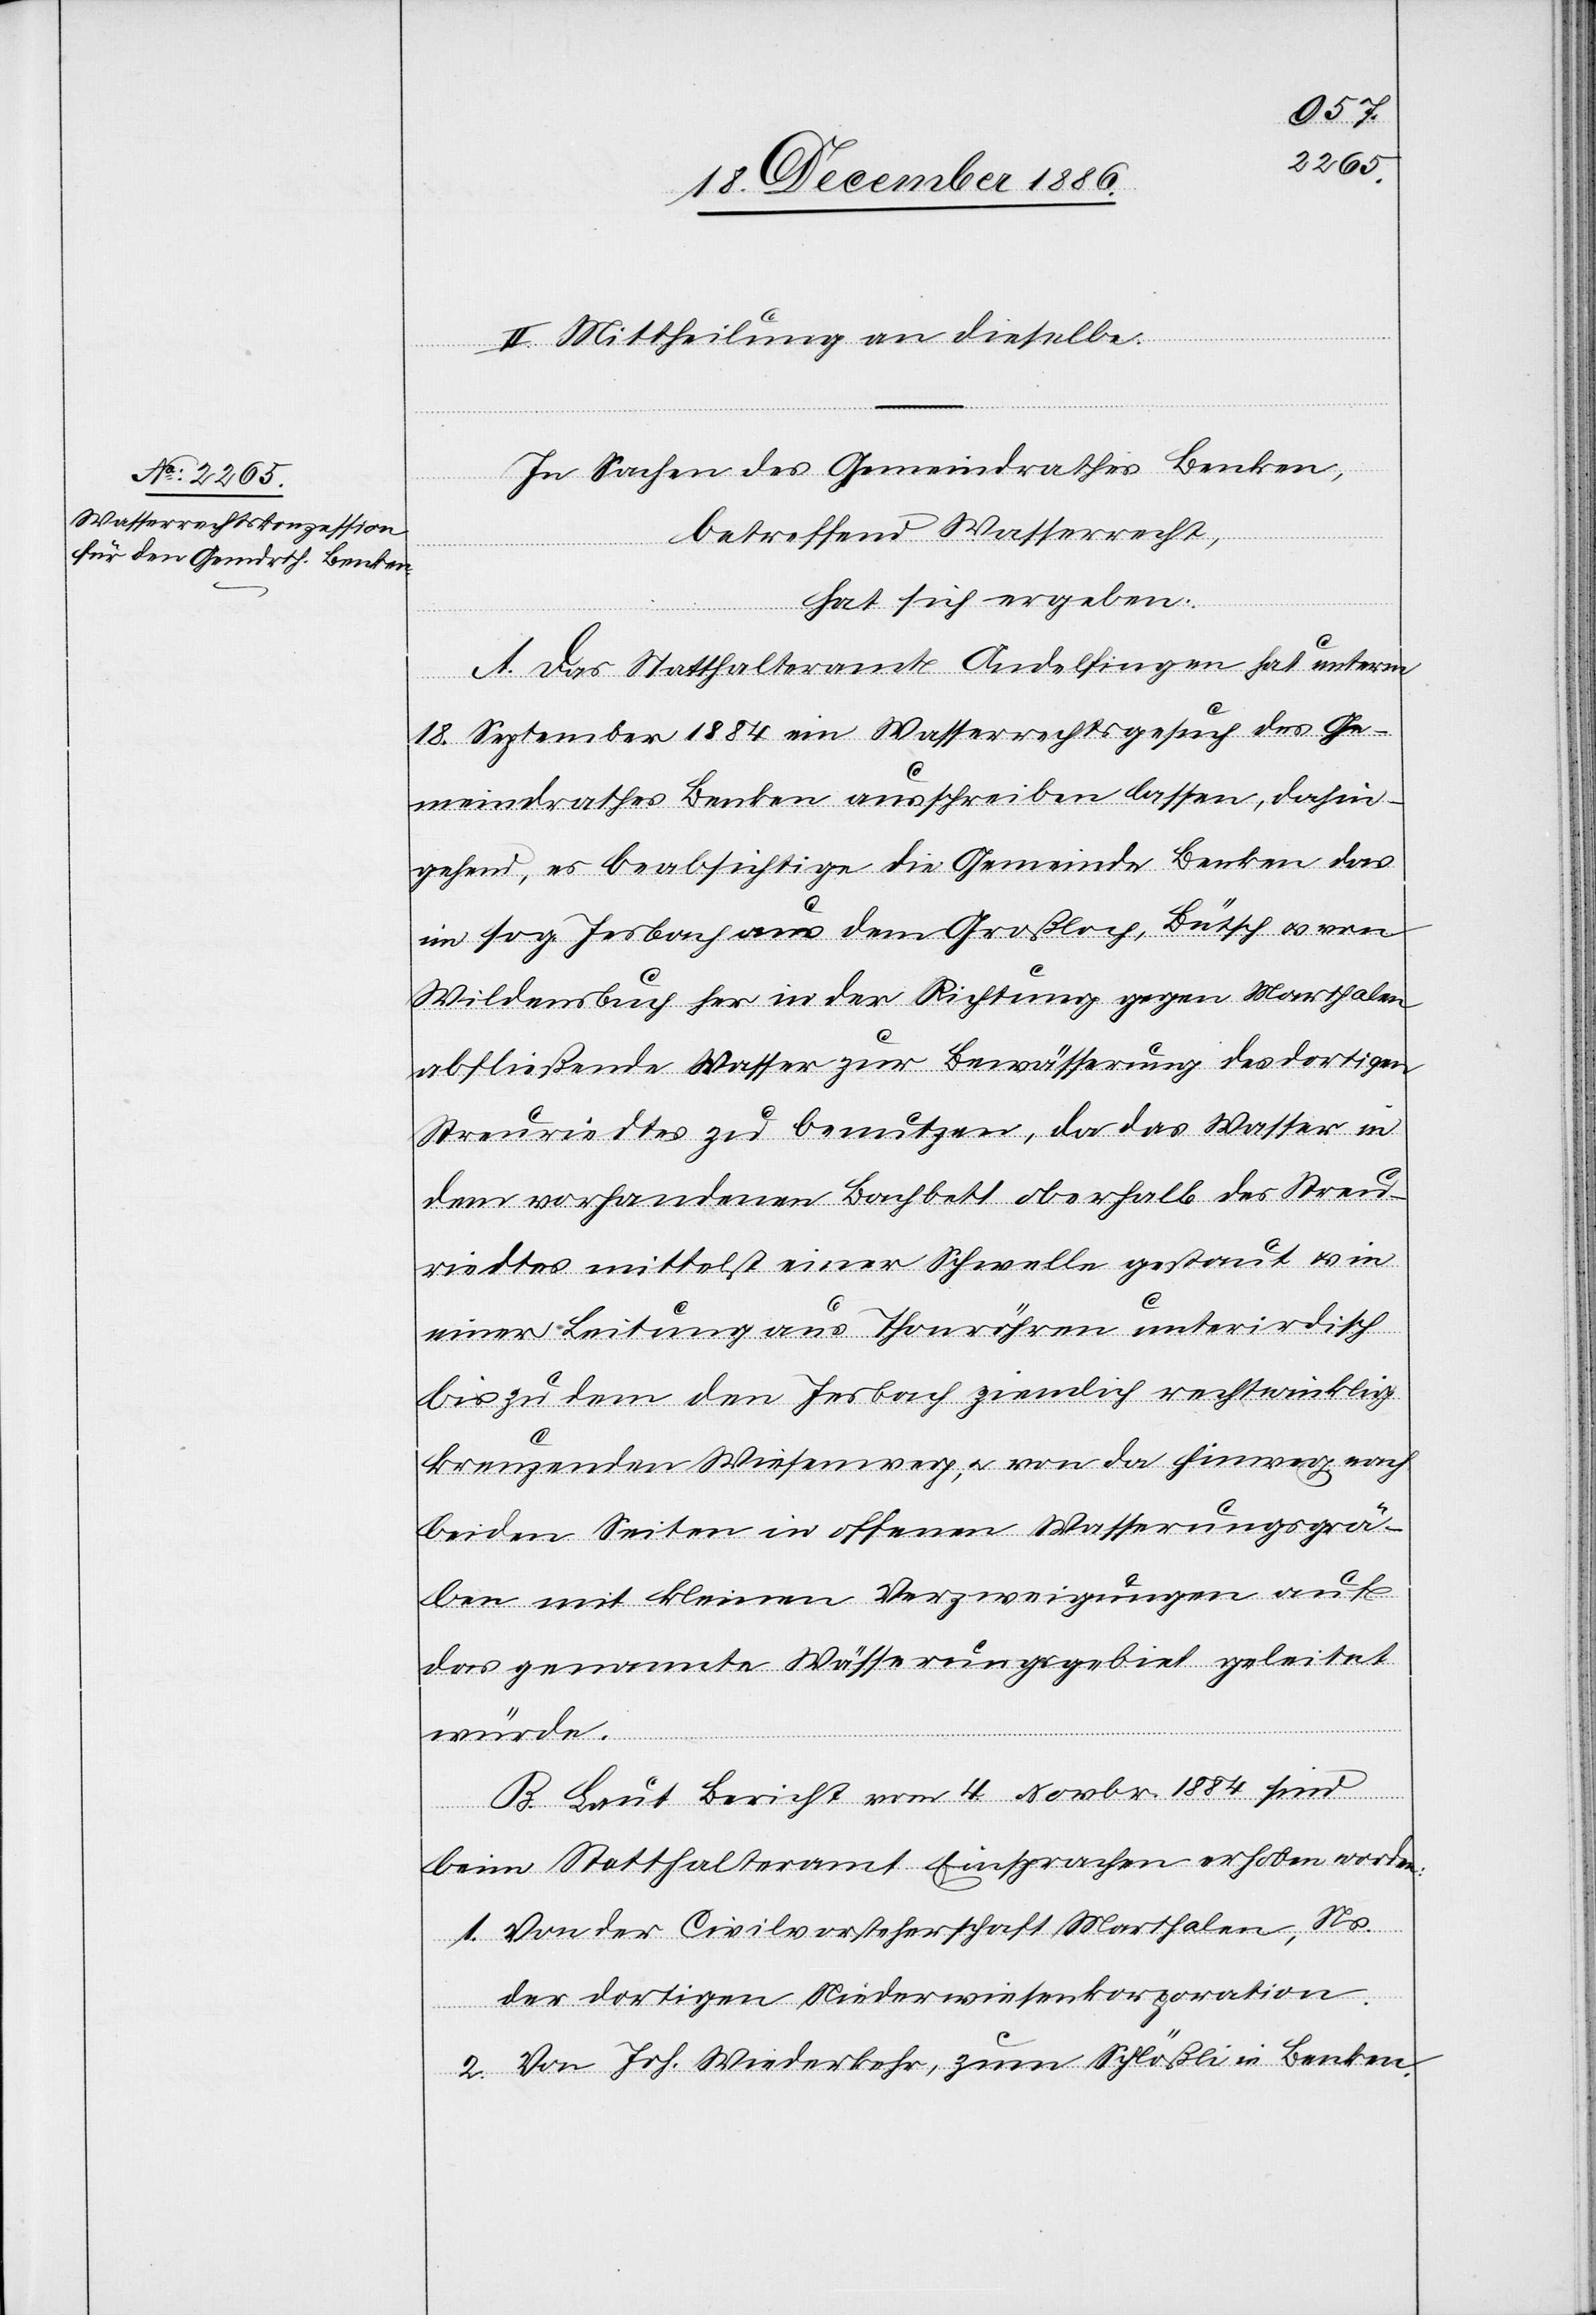
II. Mittheilung an dieselbe.
In Sachen des Gemeindrathes Benken,
betreffend Wasserrecht,
hat sich ergeben:
A. Das Statthalteramt Andelfingen hat unterm
18. September 1884 ein Wasserrechtsgesuch des Ge¬
meindrathes Benken ausschreiben lassen, dahin¬
gehend, es beabsichtige die Gemeinde Benken das
im sog. Jesbach aus dem Großloch, Bütsch & von
Wildensbuch her in der Richtung gegen Marthalen
abfließende Wasser zur Bewässerung des dortigen
Streuriedtes zu benutzen, da das Wasser in
dem vorhandenen Bachbett oberhalb des Streu¬
riedtes mittelst einer Schwelle gestaut & in
einer Leitung aus Thonröhren unterirdisch
bis zu dem den Jesbach ziemlich rechtwinklig
kreuzenden Wiesenweg, & von da hinweg nach
beiden Seiten in offenen Wässerungsgrä¬
ben mit kleinen Verzweigungen auf
das genannte Wässerungsgebiet geleitet
würde.
B. Laut Bericht vom 4. Novbr. 1884 sind
beim Statthalteramt Einsprachen erhoben worden:
1. Von der Civilvorsteherschaft Marthalen, Ns.
der dortigen Niederwiesenkorporation.
2. Von Joh. Wiederkehr, zum Schlößli in Benken.